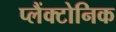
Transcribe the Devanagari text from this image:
प्लैंक्टोनिक